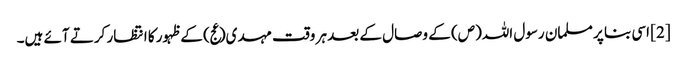
[2] اسی بنا پر مسلمان رسول اللہ(ص) کے وصال کے بعد ہر وقت مہدی(عج) کے ظہور کا انتظار کرتے آئے ہیں۔